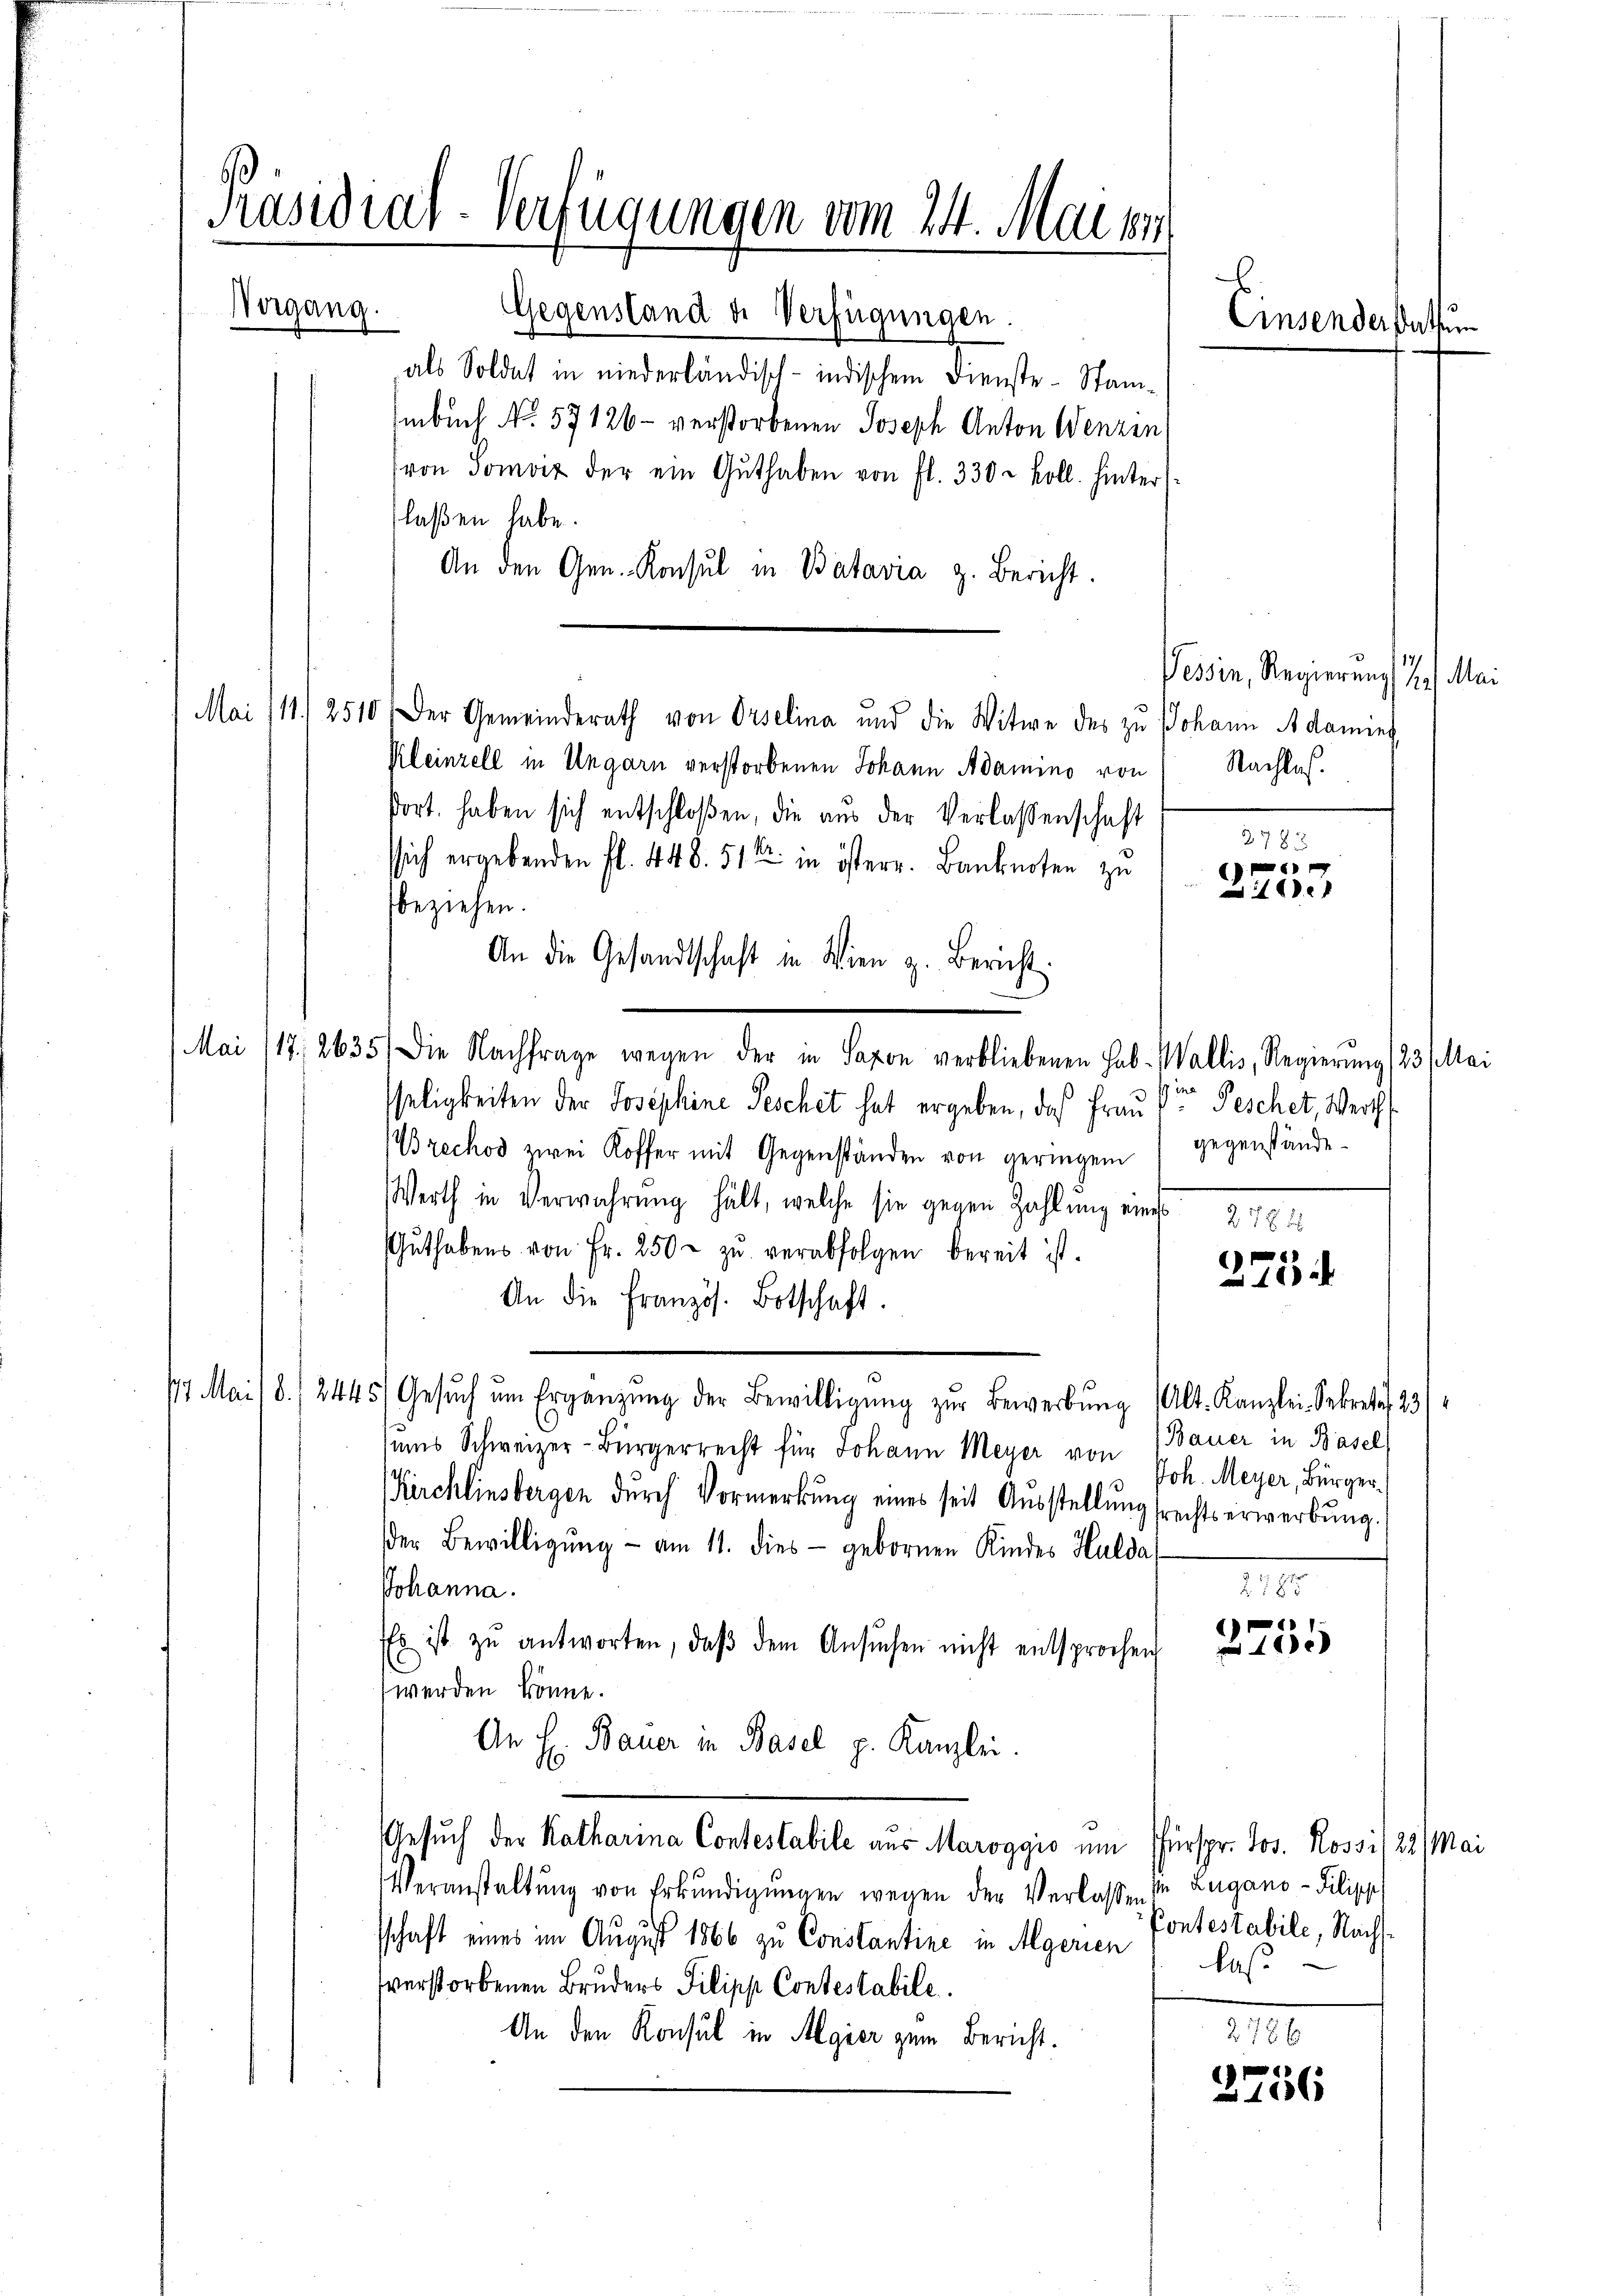
Präsidial-Verfügungen vom 24. Mai 184
Norgang.
Gegenstand de Verfügungen.

als Soldat in niederländisch-indischem Dienste Stam¬
Embuch No. 57126 - verstorbenen Joseph Anton Wenzin
von Somit der ein Guthaben von fl. 330 - koll. hinter
laßen habe.
An den Gen. Konsul in Batavia z. Bericht.
Mai 111. 2510: Der Gemeinderath von Orselina und die Witwe des zu Johann Adaming
Kleinzell in Ungarn verstorbenen Johann Adamino von Nachlas.
dort haben sich entschloßen, die aus der Verlassenschaft
ssich ergebenden fl. 448. 511. in österr. Banknoten zu
beziehen.
An die Gesandtschaft in Wien z. Bericht:
Mai 117, 2635. Die Nachfrage wegen der in Saxon verbliebenen Hab- Wallis, Regierung (23. Mai
seligkeiten der Josephine Peschet hat ergeben, daß Frau Voren Peschet, Werth
(Brechos zwei Koffer mit Gegenständen von geringen gegenstände.
Werth in Verwahrung hält, welche sie gegen Zahlung eines 278
Gŭthabens von Fr. 250. zŭ verabfolgen bereit ist.
e
 100
An die Französ. Botschaft.
17 Mai 18./2445. Gesŭch ŭm Ergänzŭng der Bewilligŭng zŭr Bewerbŭng (Alt. Kanzlei Sekrete 23/
sums Schweizer-Bürgerrecht für Johann Meyer von Bauer in Basel
Joh. Meyer, Bürger
Kirchlinsbergen dŭrch Vormerkŭng eines seit Aŭsstellŭng frechtserwerbŭng.
der Bewilligŭng - am 11. dies gebornen Kindes Hulda
21815
Johanna.
1
Es ist zŭ antworten, daβ dem Ansŭchen nicht entsprochen 1000
werden könne.
An H. Bauer in Basel p. Kanzlei.
Gesuch der Katharina Contestabile aus Maroggio um Fürspr. Jos. Rossi, 22 Mai
Veranstaltung von Erkundigungen wegen der Verlaßen Lugano - Pilipp
schaft eines im August 1866 zu Constantine in Mgerien Pontestabile, Nacht.
las.
verstorbenen Bruders Pilipp Contestabile.
218 x
An den Konsul in Algier zum Bericht.
2756

Vessin, Regierung 7. Mai

Einsenderstatte

(
100.

2782